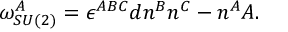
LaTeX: \omega _ { S U ( 2 ) } ^ { A } = \epsilon ^ { A B C } d n ^ { B } n ^ { C } - n ^ { A } A .